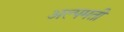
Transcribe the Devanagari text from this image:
अल्पमती